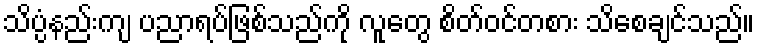
သိပ္ပံနည်းကျ ပညာရပ်ဖြစ်သည်ကို လူတွေ စိတ်ဝင်တစား သိစေချင်သည်။